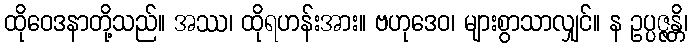
ထိုဝေဒနာတို့သည်။ အဿ၊ ထိုရဟန်းအား။ ဗဟုဒေဝ၊ များစွာသာလျှင်။ န ဥပ္ပဇ္ဇန္တိ၊